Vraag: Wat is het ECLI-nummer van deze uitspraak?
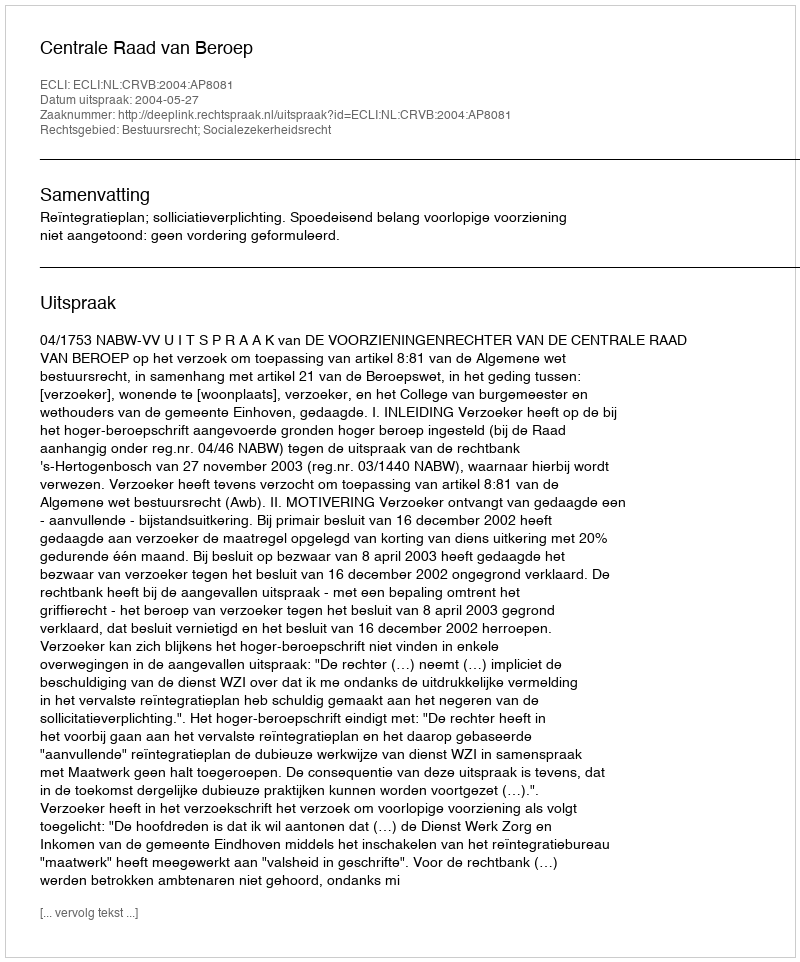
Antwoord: ECLI:NL:CRVB:2004:AP8081